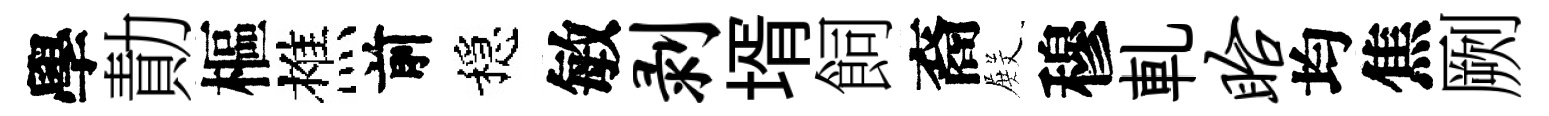
學勣樞樵前穩敏剥壻飼裔𭮺穆軋眙均焦劂